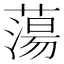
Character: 蕩